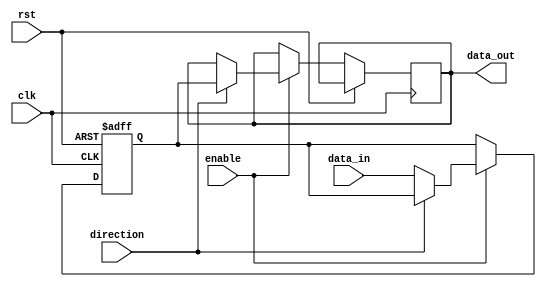
module IO_Blocks_Bus_Switch(
    input wire clk,
    input wire rst,
    input wire enable,
    input wire direction,
    input wire [7:0] data_in,
    output reg [7:0] data_out
);

// Buffer for data storage
reg [7:0] data_buffer;

always @(posedge clk or posedge rst) begin
    if (rst) begin
        data_buffer <= 8'b0;
    end else if (enable) begin
        if (direction) begin // Output direction
            data_out <= data_buffer;
        end else begin // Input direction
            data_buffer <= data_in;
        end
    end
end

endmodule